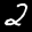
Label: 2